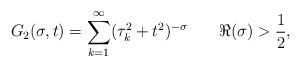
LaTeX: \begin{align*}G_{2}(\sigma,t)=\sum_{k=1}^{\infty}(\tau_{k}^{2}+t^{2})^{-\sigma}\,\,\,\,\,\,\,\,\,\,\, \Re(\sigma)>\frac{1}{2},\end{align*}